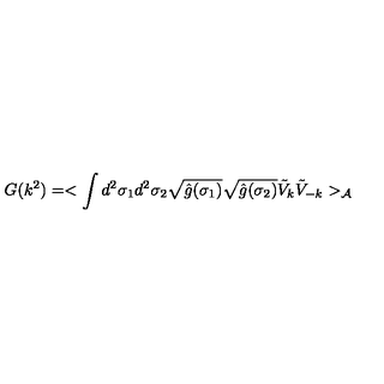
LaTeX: G ( k ^ { 2 } ) = < \int d ^ { 2 } \sigma _ { 1 } d ^ { 2 } \sigma _ { 2 } \sqrt { \hat { g } ( \sigma _ { 1 } ) } \sqrt { \hat { g } ( \sigma _ { 2 } ) } { \tilde { V } } _ { k } { \tilde { V } } _ { - k } > _ { \cal { A } }